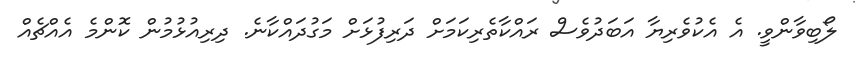
ލޯބިވާންވީ. އެ އެކުވެރިޔާ އަބަދުވެސް ރައްކާތެރިކަމަށް ދަރިފުޅަށް މަގުދައްކާނެ. ދިރިއުޅުމުން ކޮންމެ އެއްޗެއް